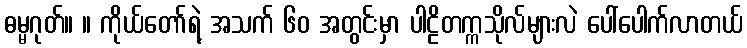
ဓမ္မဂုတ်။ ။ ကိုယ်တော်ရဲ့ အသက် ၆၀ အတွင်းမှာ ပါဠိတက္ကသိုလ်များလဲ ပေါ်ပေါက်လာတယ်